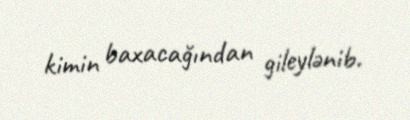
kimin baxacağından gileylənib.